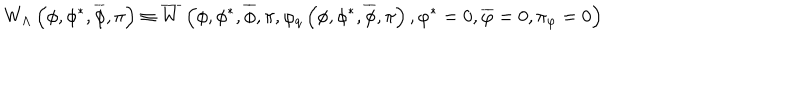
W _ { \Lambda } \left( \phi , \phi ^ { * } , \overline { { { \phi } } } , \pi \right) \equiv \overline { { { W } } } \left( \phi , \phi ^ { * } , \overline { { { \phi } } } , \pi , \varphi _ { q } \left( \phi , \phi ^ { * } , \overline { { { \phi } } } , \pi \right) , \varphi ^ { * } = 0 , \overline { { { \varphi } } } = 0 , \pi _ { \varphi } = 0 \right)